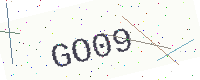
Text: GO09